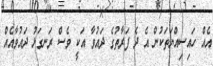
އެއް ހައިސިއްޔަތަކުން އެ ދެ ފަރާތުގެ ދައުވާ އަކީ ވެސް ރަނގަޅު ދައުވާއެއް